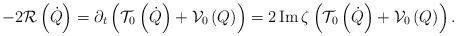
LaTeX: \begin{align*}-2\mathcal{R}\left( \dot{Q}\right) =\partial_{t}\left( \mathcal{T}_{0}\left( \dot{Q}\right) +\mathcal{V}_{0}\left( Q\right) \right)=2\operatorname{Im}\zeta\left( \mathcal{T}_{0}\left( \dot{Q}\right)+\mathcal{V}_{0}\left( Q\right) \right) . \end{align*}